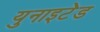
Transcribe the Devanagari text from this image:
युनाइट॓ड